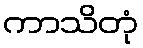
ကာသိတုံ